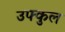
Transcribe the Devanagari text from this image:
उफ्कुल